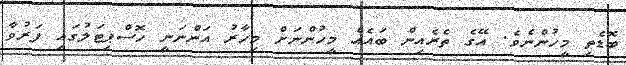
ބޮޑެތި މީހުންނެވެ. އޭގެ ތެރެއިން ބައެއް މީހުންނަށް މިހާރު އަންނަނީ ހޮސްޕިޓަލުގައި ފަރުވާ